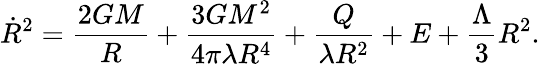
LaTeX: {\dot{R}}^{2}=\frac{2GM}{R}+\frac{3GM^{2}}{4\pi\lambda R^{4}}+\frac{Q}{\lambda R^{2}}+E+\frac{\Lambda}{3}R^{2}.